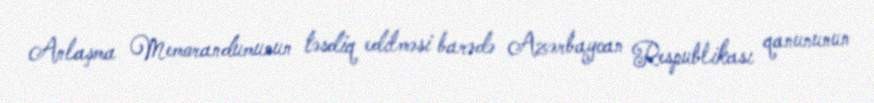
Anlaşma Memorandumunun təsdiq edilməsi barədə Azərbaycan Respublikası qanununun